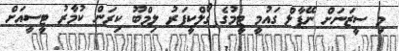
މި ސީޒަނަށް ނޭޕާލް ގައުމީ ޓީމުގެ ގޯލްކީޕަރު ލިމްބޫ ކިރަން ކުމާރު ޓީސީއަށް